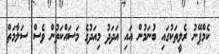
ކެމްޕޭނު ރެލީތަކުގައި ބުނަމުން އައި އަދަދު މިއަދުގެ މަސައްކަތުން ވެސް ސަލާމަތް